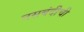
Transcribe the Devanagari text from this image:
नसबंदीची